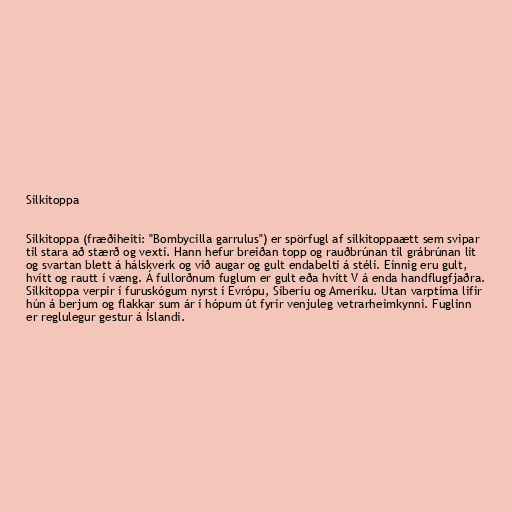
Silkitoppa

Silkitoppa (fræðiheiti: "Bombycilla garrulus") er spörfugl af silkitoppaætt sem svipar
til stara að stærð og vexti. Hann hefur breiðan topp og rauðbrúnan til grábrúnan lit
og svartan blett á hálskverk og við augar og gult endabelti á stéli. Einnig eru gult,
hvítt og rautt í væng. Á fullorðnum fuglum er gult eða hvítt V á enda handflugfjaðra.
Silkitoppa verpir í furuskógum nyrst í Evrópu, Síberíu og Ameríku. Utan varptíma lifir
hún á berjum og flakkar sum ár í hópum út fyrir venjuleg vetrarheimkynni. Fuglinn
er reglulegur gestur á Íslandi.